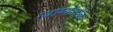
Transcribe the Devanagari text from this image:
ग्वांग्येओक